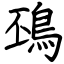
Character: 䲹